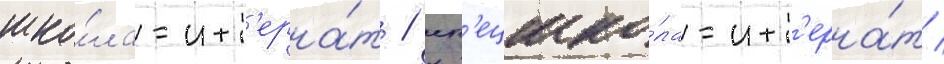
шко́ла-инт'ерна́т / сп'ецшко́ла-инт'ерна́т /